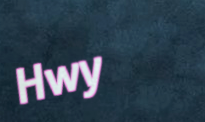
Hwy